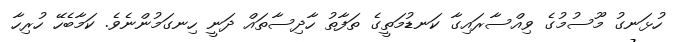
ހުޅަނގު މޫސުމުގެ ވިއްސާރައިގާ ކަނޑުމަތީގެ ތަފާތު ހާދިސާތައް ދަނީ ހިނގަމުންނެވެ. ކަމާބެހޭ ހުރިހާ